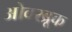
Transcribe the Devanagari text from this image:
ओवरब्रूक